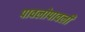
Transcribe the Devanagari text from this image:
पावलोपावली